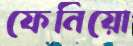
ফেনিয়ো